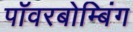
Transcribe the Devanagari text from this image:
पॉवरबोम्बिंग